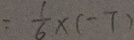
= \frac { 1 } { 6 } \times ( - 7 )